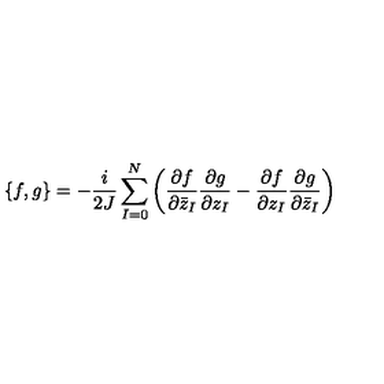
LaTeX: \{ f , g \} = - \frac { i } { 2 J } \sum _ { I = 0 } ^ { N } \left( \frac { \partial f } { \partial { \bar { z } } _ { I } } \frac { \partial g } { \partial z _ { I } } - \frac { \partial f } { \partial z _ { I } } \frac { \partial g } { \partial { \bar { z } } _ { I } } \right)